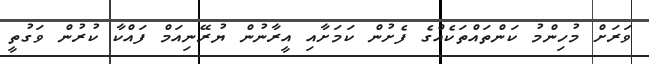
ވަރަށް މުހިންމު ކަންތައްތަކެއްގެ ފެށުން ކަމަށާއި އީރާނުން ޔުރޭނިއަމް ފައްކާ ކުރުން ވަގުތީ